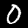
Digit: 0